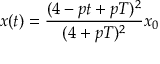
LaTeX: x ( t ) = { \frac { ( 4 - p t + p T ) ^ { 2 } } { ( 4 + p T ) ^ { 2 } } } x _ { 0 }